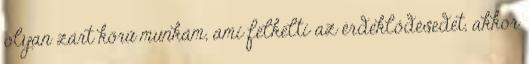
olyan zárt körű munkám, ami felkelti az érdeklődésedet, akkor